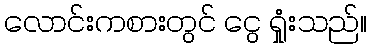
လောင်းကစားတွင် ငွေ ရှုံးသည်။